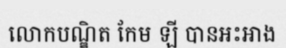
លោកបណ្ឌិត កែម ឡី បានអះអាង